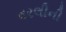
વરલીની